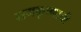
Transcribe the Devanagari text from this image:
रामकृष्णाची